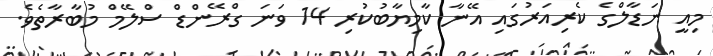
މިއީ ނަޑާލްގެ ކެރިއަރުގައި އޭނާ ކާމިޔާބުކުރި 14 ވަނަ ގްރޭންޑް ސްލޭމް މުބާރާތެވެ.